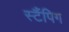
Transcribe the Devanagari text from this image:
स्टैंपिग